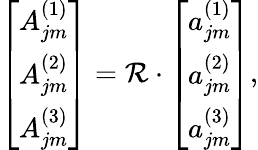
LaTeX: \left[\begin{array}{c}{{A_{jm}^{(1)}}}\\ {{A_{jm}^{(2)}}}\\ {{A_{jm}^{(3)}}}\end{array}\right]=\mathcal{R}\cdot\left[\begin{array}{c}{{a_{jm}^{(1)}}}\\ {{a_{jm}^{(2)}}}\\ {{a_{jm}^{(3)}}}\end{array}\right],